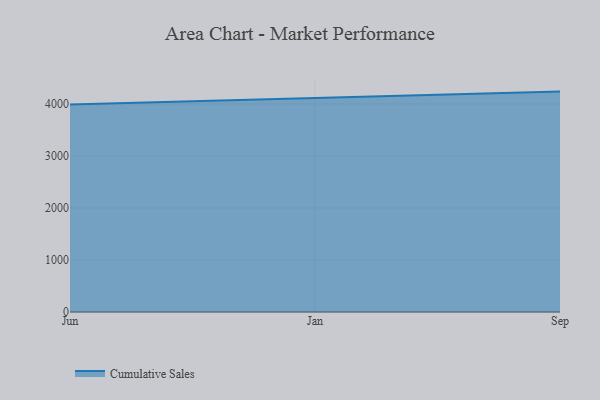
{"axis": {"x": "Month", "y": "Market Share (%)"}, "legend": ["Cumulative Sales"], "data": [{"x": "Jun", "y": 3987.6, "type": "Cumulative Sales"}, {"x": "Jan", "y": 4108.3, "type": "Cumulative Sales"}, {"x": "Sep", "y": 4237.9, "type": "Cumulative Sales"}]}